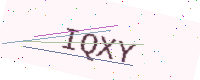
Text: IQXY